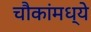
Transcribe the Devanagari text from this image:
चौकांमध्ये